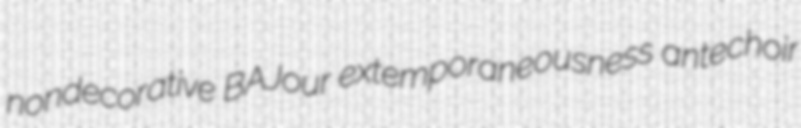
nondecorative BAJour extemporaneousness antechoir